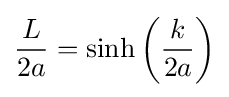
{\frac {L}{2a}}=\sinh \left({\frac {k}{2a}}\right)